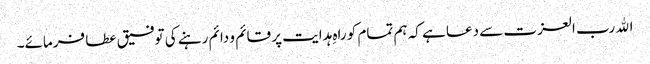
اﷲ رب العزت سے دعا ہے کہ ہم تمام کو راہِ ہدایت پر قائم و دائم رہنے کی توفیق عطا فرمائے۔